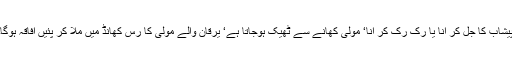
پیشاب کا جل کر آنا یا رک رک کر آنا‘ مولی کھانے سے ٹھیک ہوجاتا ہے‘ یرقان والے مولی کا رس کھانڈ میں ملا کر پئیں افاقہ ہوگا۔